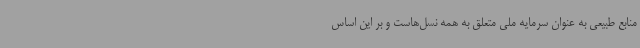
منابع طبیعی به عنوان سرمایه ملی متعلق به همه نسل‌هاست و بر این اساس